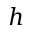
h